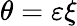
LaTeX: \theta=\varepsilon\xi